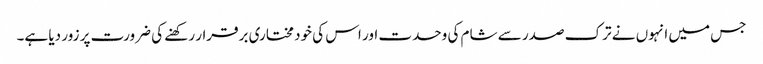
جس میں انہوں نے ترک صدر سے شام کی وحدت اور اس کی خود مختاری برقرار رکھنے کی ضرورت پر زور دیا ہے۔